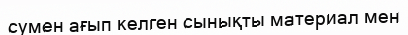
сумен ағып келген сынықты материал мен